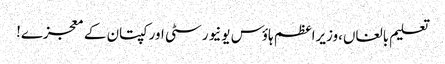
تعلیم بالغاں،وزیراعظم ہاؤس یونیورسٹی اور کپتان کے معجزے!